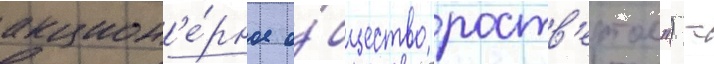
акцион'е́рное о́бщество роств'ертол") -